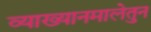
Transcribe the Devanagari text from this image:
व्याख्यानमालेतुन